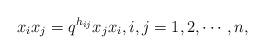
LaTeX: \begin{align*}x_ix_j=q^{h_{ij}}x_jx_i, i,j=1, 2, \cdots, n,\end{align*}